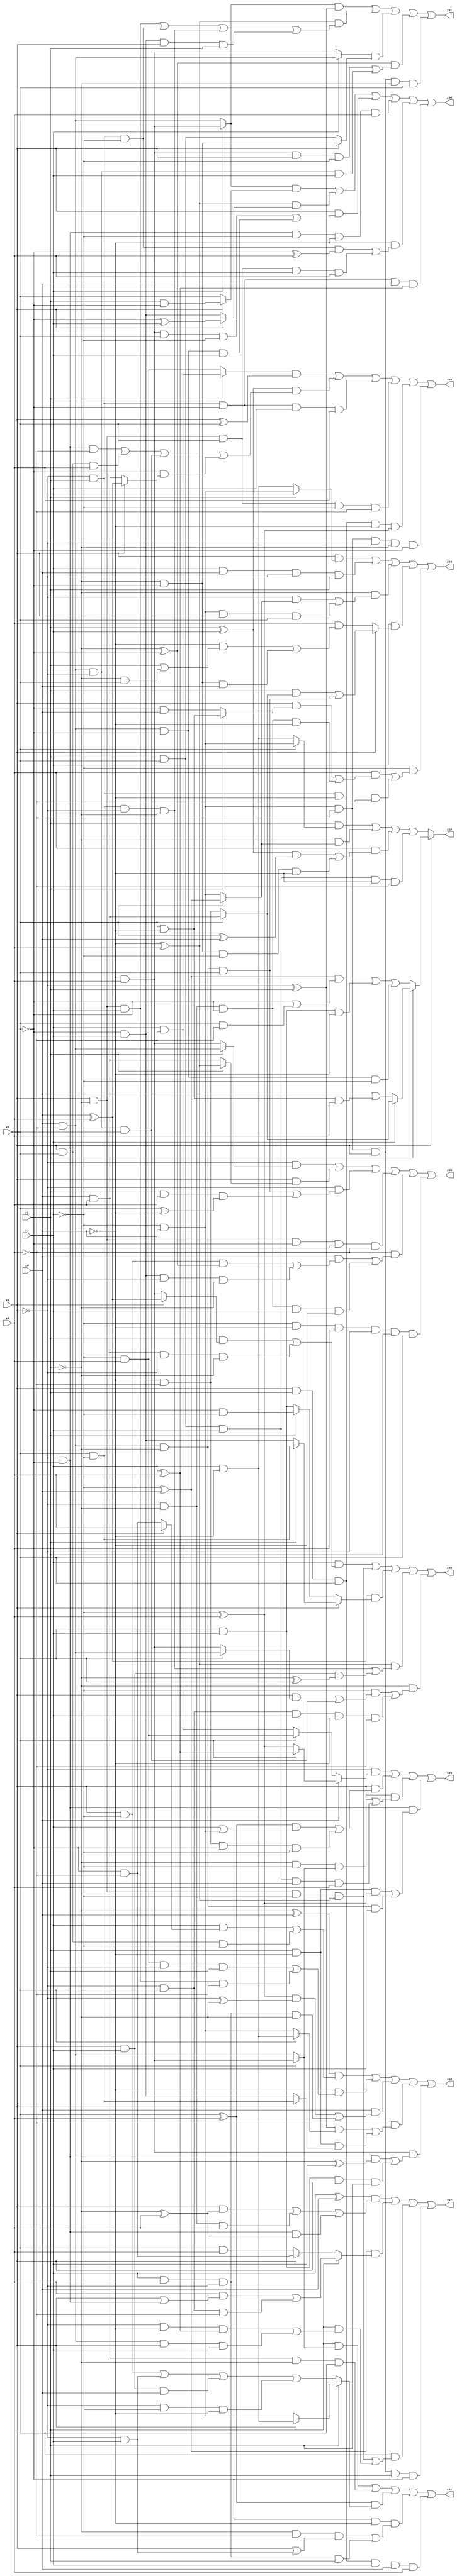
// Benchmark "X_48" written by ABC on Mon Jun 05 03:41:56 2023

module X_48 ( 
    x0, x1, x2, x3, x4, x5,
    z00, z01, z02, z03, z04, z05, z06, z07, z08, z09, z10  );
  input  x0, x1, x2, x3, x4, x5;
  output z00, z01, z02, z03, z04, z05, z06, z07, z08, z09, z10;
  assign z00 = ((x3 ? (~x4 & x5) : (x4 & ~x5)) & (x0 ? (x1 & ~x2) : x2)) | ((~x4 ^ x5) & (x0 ? (~x2 ^ x3) : (~x2 & x3))) | (x0 & ((~x4 & x5 & x2 & ~x3) | (x4 & ~x5 & ~x2 & x3))) | (~x0 & ~x2 & ~x3 & ~x4 & x5) | (~x4 & ((~x0 & x1 & ~x3 & (~x2 ^ x5)) | (x0 & ~x1 & x2 & x3 & x5))) | (~x0 & x1 & ~x2 & x4 & (x3 ^ x5));
  assign z01 = ((x3 ? (~x4 & x5) : (x4 & ~x5)) & (~x0 ^ x1)) | ((~x4 ^ x5) & ((x0 & ~x1 & x3) | (~x0 & x1 & ~x3) | (x2 & ~x3 & ~x0 & ~x1) | (~x2 & x3 & x0 & x1))) | ((x3 ? (x4 & ~x5) : (~x4 & x5)) & (x0 ? (~x1 & ~x2) : (x1 & x2))) | ((~x1 ^ ~x2) & ((~x4 & x5 & x0 & ~x3) | (x4 & ~x5 & ~x0 & x3))) | (~x3 & x4 & ~x5 & x0 & ~x1 & x2);
  assign z02 = (x1 & (x2 ? (~x4 & x5) : (x4 & ~x5))) | (x4 & x5 & ~x1 & x2) | ((x2 ^ x5) & (x1 ? (x0 ? (x3 & ~x4) : (~x3 & x4)) : ((x0 & ~x3) | (~x0 & x3) | (x0 & x3 & x4) | (~x0 & ~x3 & ~x4)))) | (~x2 & ~x4 & ((~x1 & ~x5 & (x0 | (~x0 & x3))) | (x3 & x5 & ~x0 & x1))) | (x0 & x1 & x2 & x3 & x4 & x5);
  assign z03 = (~x0 & (x4 ? (x2 ? (x3 ^ x5) : (~x3 ^ x5)) : (x2 ? (~x3 & x5) : (x3 & ~x5)))) | (x0 & (((x2 ^ x5) & (x3 | (~x3 & x4))) | (~x4 & ~x5 & ~x2 & ~x3))) | (x0 & ((~x1 & ~x3 & (x2 ? (~x4 & x5) : (x4 & ~x5))) | (x1 & x2 & x3 & x4 & x5))) | (~x0 & ~x2 & ((x1 & ~x4 & (~x3 ^ x5)) | (x4 & ~x5 & ~x1 & x3)));
  assign z04 = (x0 & (x1 ? (~x3 & x4) : (x3 & ~x4))) | (x3 & x4 & ~x0 & x1) | (~x1 & ((~x0 & (x2 ? (~x3 ^ x4) : (~x3 & x4))) | (~x3 & x4 & x0 & x2))) | (x3 & (x0 ? ((x1 & (x2 ? (x4 & x5) : (~x4 & ~x5))) | (x4 & ~x5 & ~x1 & x2)) : (x5 & ((~x4 & (x1 | (~x1 & x2))) | (~x1 & ~x2 & x4))))) | (~x3 & ((x5 & ((x0 & (x1 ? (x2 & ~x4) : (~x2 & x4))) | (~x0 & ~x1 & ~x2 & ~x4))) | (~x0 & x1 & ~x4 & ~x5)));
  assign z05 = (x3 & ((x1 & (x0 ? (x4 ^ x5) : (~x4 & x5))) | (x4 & x5 & ~x0 & ~x1))) | (x0 & ~x1 & ~x3 & (~x4 ^ x5)) | ((x4 ^ x5) & (x0 ? (x1 ? (x2 & ~x3) : (~x2 & x3)) : (x1 ? (~x2 & ~x3) : (x2 & x3)))) | ((~x4 ^ x5) & ((x2 & ~x3 & ~x0 & ~x1) | (x0 & x3 & (~x1 ^ x2)))) | (~x1 & ((~x3 & ((x0 & (x2 ? (x4 & ~x5) : (~x4 & x5))) | (x4 & ~x5 & ~x0 & x2))) | (~x0 & x2 & x3 & ~x4 & ~x5)));
  assign z06 = (~x0 & (x1 ? (x4 & ~x5) : (~x4 & x5))) | (x0 & (x1 ? (~x4 ^ x5) : (x4 & x5))) | (~x0 & ((x4 & ~x5 & ~x1 & x2) | (x1 & x5 & (x2 ^ ~x4)))) | (x0 & ~x1 & ~x2 & x4 & ~x5) | (~x5 & ((x4 & ((x0 & ~x3 & (~x1 ^ ~x2)) | (~x2 & x3 & ~x0 & ~x1))) | (~x0 & ~x1 & ~x2 & x3 & ~x4))) | (~x3 & ~x4 & x5 & ~x0 & x1 & x2);
  assign z07 = ((x3 ^ x4) & ((x0 & (~x1 ^ x5)) | (~x0 & ~x1 & x5) | (~x0 & ~x2 & (~x1 ^ x5)))) | ((~x3 ^ x4) & (x1 ? ((x5 & (x0 | (~x0 & ~x2))) | (~x0 & x2 & ~x5)) : (x0 ? (~x2 & ~x5) : (x2 & x5)))) | (x2 & ((x0 & ~x1 & ~x3 & (~x4 ^ x5)) | (x1 & ((~x0 & ~x4 & (x3 ^ x5)) | (x4 & ~x5 & x0 & x3))))) | (~x3 & x4 & ~x5 & x0 & x1 & ~x2);
  assign z08 = ((~x1 ^ x4) & ((x3 & (x0 ? x5 : (~x2 & ~x5))) | (x0 & x2 & ~x3))) | (~x4 & ((~x3 & x5 & ~x0 & x1) | (x0 & ~x1 & x3 & ~x5))) | (x4 & (((~x3 ^ x5) & (~x0 ^ ~x1)) | (x3 & x5 & ~x0 & ~x1))) | (~x5 & (((~x0 ^ x1) & (x2 ? (x3 & ~x4) : (~x3 & x4))) | (x1 & ~x4 & (x0 ? (x2 & ~x3) : (~x2 & x3))))) | (~x4 & x5 & ((~x0 & ~x2 & (~x1 ^ x3)) | (x2 & x3 & x0 & x1)));
  assign z09 = ((x1 ? (x3 & ~x5) : (~x3 & x5)) & (x0 ^ x2)) | ((x1 ^ x3) & ((~x0 & ~x2 & ~x5) | (x0 & x2 & x5) | (x4 & ~x5 & ~x0 & x2) | (~x2 & (x0 ? (x4 ^ x5) : (x4 & x5))))) | (~x0 & x1 & ~x2 & x3 & x5) | (x0 & ~x1 & x2 & ~x3 & ~x5) | (x0 & x1 & x2 & ~x4 & (~x3 ^ x5)) | (~x3 & x4 & ~x5 & ~x0 & ~x1 & ~x2);
  assign z10 = x0 ? (x1 ? (x3 ? (x2 ? (x4 & x5) : (~x4 & ~x5)) : (x4 | (x2 & ~x4 & x5))) : (((~x3 ^ x4) & (~x2 | (x2 & ~x5))) | (x2 & x3 & ~x4) | (x4 & ~x5 & ~x2 & ~x3))) : ((x1 & (x2 ? (~x3 & x4) : (x3 & ~x4))) | (~x1 & (x2 ? (~x3 ^ x4) : (~x3 & x4))) | (x5 & (((x1 ^ x3) & (x2 ^ x4)) | (~x1 & ~x2 & ~x3 & ~x4))) | (x1 & x2 & x3 & ~x4 & ~x5));
endmodule